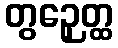
တွဉှေတ္ထ